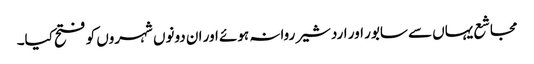
مجاشع یہاں سے سابور اور اردشیر روانہ ہوئے اور ان دونوں شہروں کو فتح کیا۔